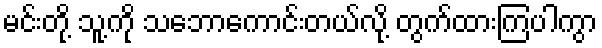
မင်းတို့ သူ့ကို သဘောကောင်းတယ်လို့ တွက်ထားကြပါကွာ